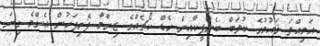
އަމިއްލަ ޤައުމުގެ ކުލަބް ބެންފީކާއިން ހެޑް ކޯޗެއްގެ ޒިންމާ ފެށިފަހުން އެންމެ ގިނަ